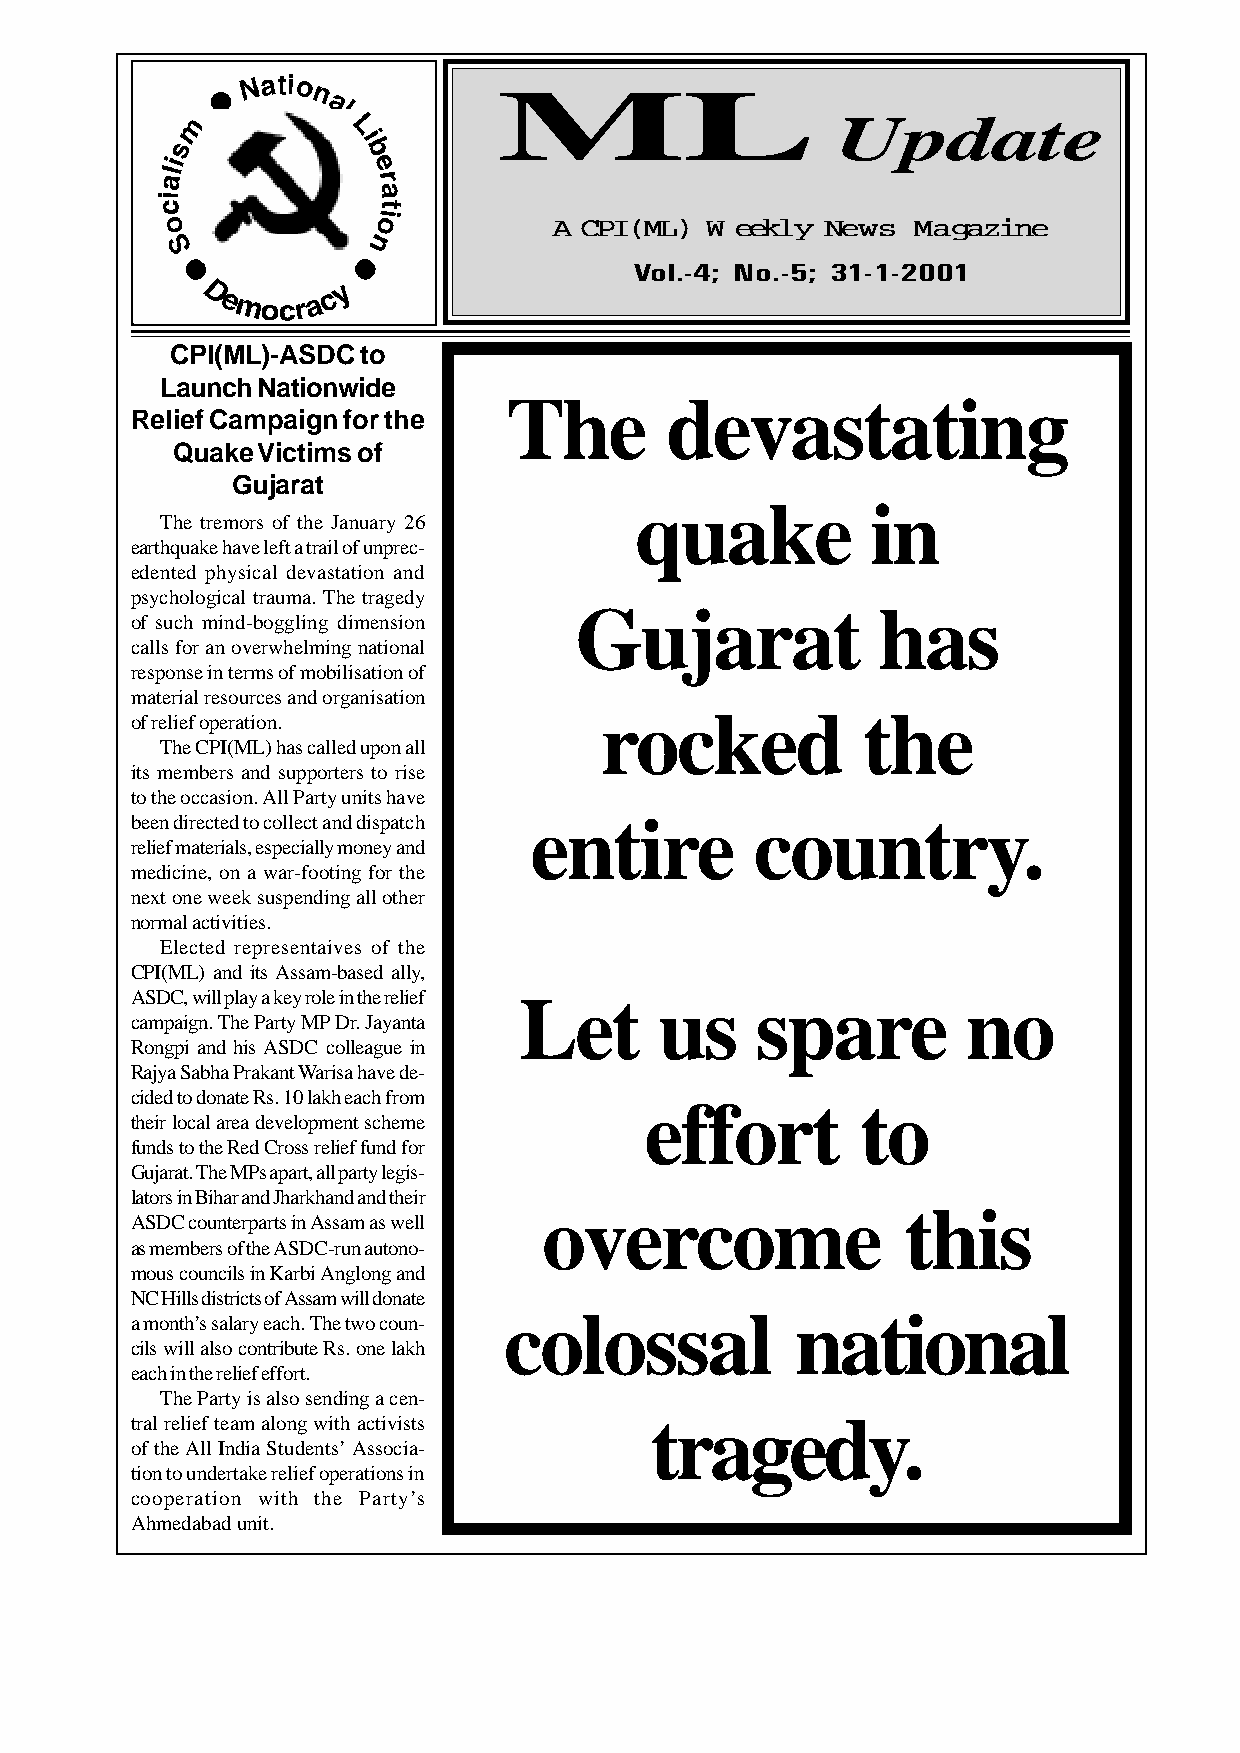
ML
 Update
 AAAAA CCCCCPPPPPIIIII(((((MMMMMLLLLL))))) WWWWW eeeeeeeeeekkkkklllllyyyyy NNNNNeeeeewwwwwsssss MMMMMaaaaagggggaaaaazzzzziiiiinnnnneeeee
 Vol.-4; No.-5; 31-1-2001
 CPI(ML)-ASDC to
 Launch Nationwide
 The       devastating
 Relief Campaign for the
 Quake Victims of
 Gujarat
 quake           in
 The tremors of the January 26
 earthquake have left a trail of unprec-
 edented physical devastation and
 psychological trauma. The tragedy
 Gujarat             has
 of such mind-boggling dimension
 calls for an overwhelming national
 response in terms of mobilisation of
 material resources and organisation
 rocked           the
 of relief operation.
 The CPI(ML) has called upon all
 its members and supporters to rise
 to the occasion. All Party units have
 been directed to collect and dispatch entire country.
 relief materials, especially money and
 medicine, on a war-footing for the
 next one week suspending all other
 normal activities.
 Elected representaives of the
 CPI(ML) and its Assam-based ally,
 ASDC, will play a key role in the relief Let us spare  no
 campaign. The Party MP Dr. Jayanta
 Rongpi and his ASDC colleague in
 Rajya Sabha Prakant Warisa have de-
 cided to donate Rs. 10 lakh each from
 effort        to
 their local area development scheme
 funds to the Red Cross relief fund for
 Gujarat. The MPs apart, all party legis-
 lators in Bihar and Jharkhand and their
 overcome                this
 ASDC counterparts in Assam as well
 as members of the ASDC-run autono-
 mous councils in Karbi Anglong and
 NC Hills districts of Assam will donate
 colossal            national
 a month’s salary each. The two coun-
 cils will also contribute Rs. one lakh
 each in the relief effort.
 The Party is also sending a cen-
 tral relief team along with activists tragedy.
 of the All India Students’ Associa-
 tion to undertake relief operations in
 cooperation with the Party’s
 Ahmedabad unit.